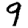
Digit: 9